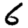
Digit: 6